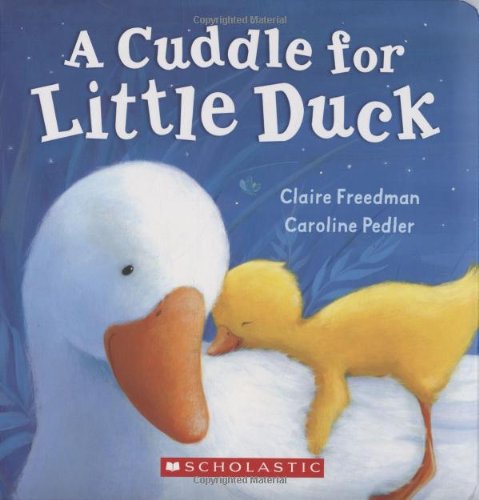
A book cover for A Cuddle For Little Duck; Claire Freedman; Children's Books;